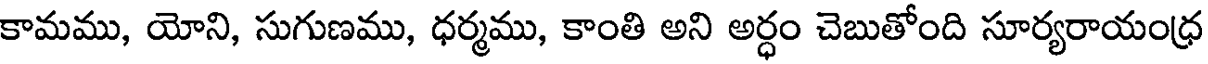
కామము, యోని, సుగుణము, ధర్మము, కాంతి అని అర్ధం చెబుతోంది సూర్యరాయంధ్ర